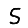
Digit: 5